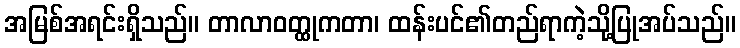
အမြစ်အရင်းရှိသည်။ တာလာဝတ္ထုကတာ၊ ထန်းပင်၏တည်ရာကဲ့သို့ပြုအပ်သည်။